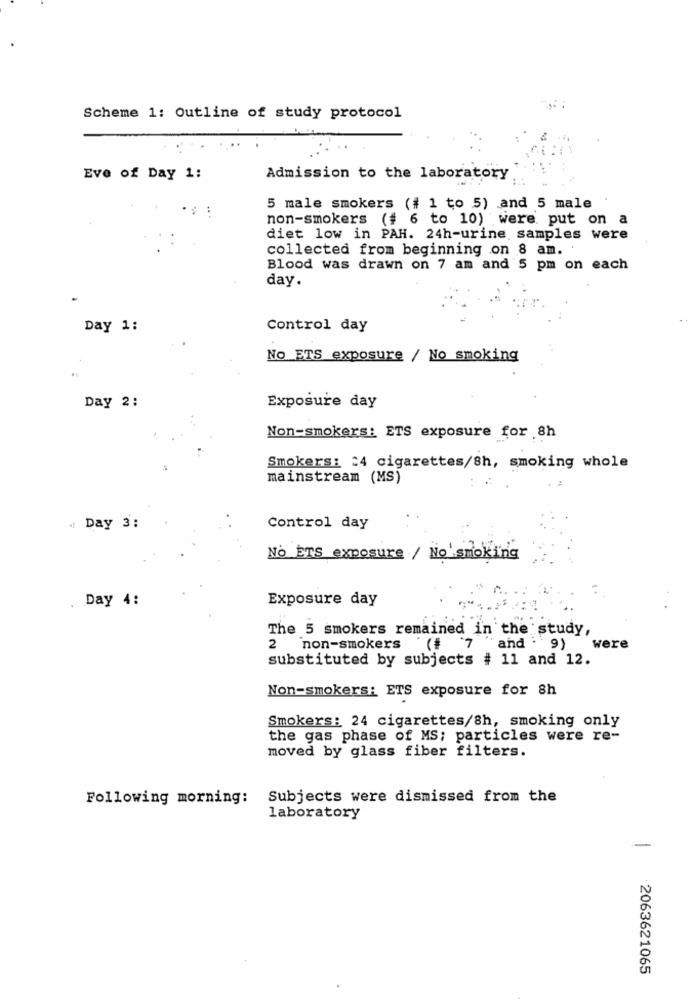
Scheme 1: Outline of study protocol
Eve of Day 1:
Admission to the laboratory
5 male smokers (# 1 to 5) and 5 male
non-smokers (# 6 to 10) were put on a
diet low in PAH. 24h-urine samples were
collected from beginning on 8 am. '
Blood was drawn on 7 am and 5 pm on each
day.
Day 1:
Control day
No ETS exposure / No smoking
Day 2:
Exposure day
Non-smokers: ETS exposure for .8h
Smokers: : 4 cigarettes/8h, smoking whole
mainstream (MS)
. Day 3:
Control day
No ETS exposure / No smoking
. Day 4:
Exposure day
The 5 smokers remained in the study,
" and
9)
non-smokers
were
substituted by subjects # 11 and 12.
Non-smokers: ETS exposure for 8h
Smokers: 24 cigarettes/8h, smoking only
the gas phase of MS; particles were re-
moved by glass fiber filters.
Following morning:
Subjects were dismissed from the
laboratory
2063621065